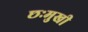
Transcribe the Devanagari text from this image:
छःमुखी